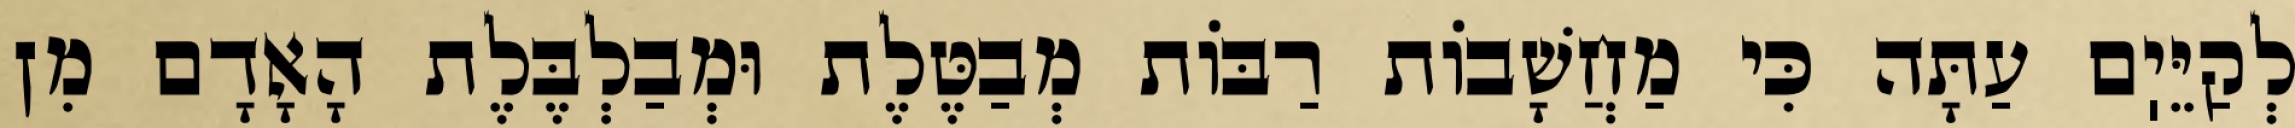
לְקַיֵּיֽם עַתָּה כִּי מַחֲשָׁבוֹת רַבּוֹת מְבַטֶּלֶת וּמְבַלְבֶּלֶת הָאָדָם מִן